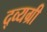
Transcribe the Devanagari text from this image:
द्व्यग्री